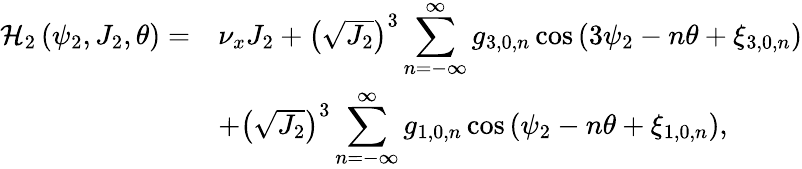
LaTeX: \begin{array}{cl}{\mathcal{H}_{2}\left(\psi_{2},J_{2},\theta\right)=}&{\nu_{x}J_{2}+\left(\sqrt{J_{2}}\right)^{3}\displaystyle\sum_{n=-\infty}^{\infty}{g_{3,0,n}\cos{\left(3\psi_{2}-n\theta+\xi_{3,0,n}\right)}}}\\ &{+\left(\sqrt{J_{2}}\right)^{3}\displaystyle\sum_{n=-\infty}^{\infty}{g_{1,0,n}\cos{\left(\psi_{2}-n\theta+\xi_{1,0,n}\right)}},}\end{array}